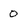
Character: 0